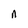
Character: n